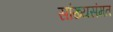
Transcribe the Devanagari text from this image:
सांख्यसंमत